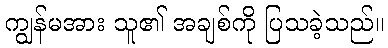
ကျွန်မအား သူ၏ အချစ်ကို ပြသခဲ့သည်။